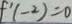
f ^ { \prime } ( - 2 ) = 0